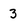
Character: 3